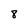
Character: 8